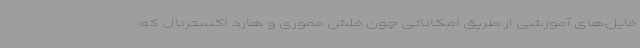
فایل‌های آموزشی از طریق امکاناتی چون فلش مموری و هارد اکسترنال که